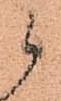
候